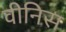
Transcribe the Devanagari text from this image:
वीनिस